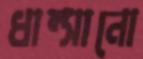
ধাম্‌সানো